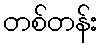
တစ်တန်း